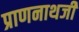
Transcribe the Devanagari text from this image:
प्राणनाथजी